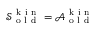
\mathcal { S } _ { \mathrm { ~ o ~ l ~ d ~ } } ^ { \mathrm { ~ k ~ i ~ n ~ } } = \mathcal { A } _ { \mathrm { ~ o ~ l ~ d ~ } } ^ { \mathrm { ~ k ~ i ~ n ~ } }